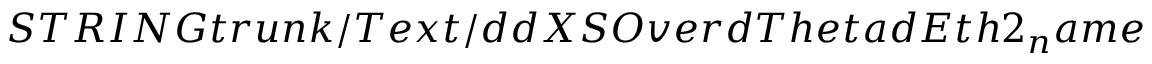
S T R I N G t r u n k / T e x t / d d X S O v e r d T h e t a d E t h 2 _ { n } a m e